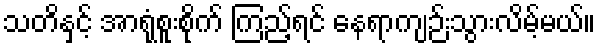
သတိနှင့် အာရုံစူးစိုက် ကြည့်ရင် နေရာကျဉ်းသွားလိမ့်မယ်။